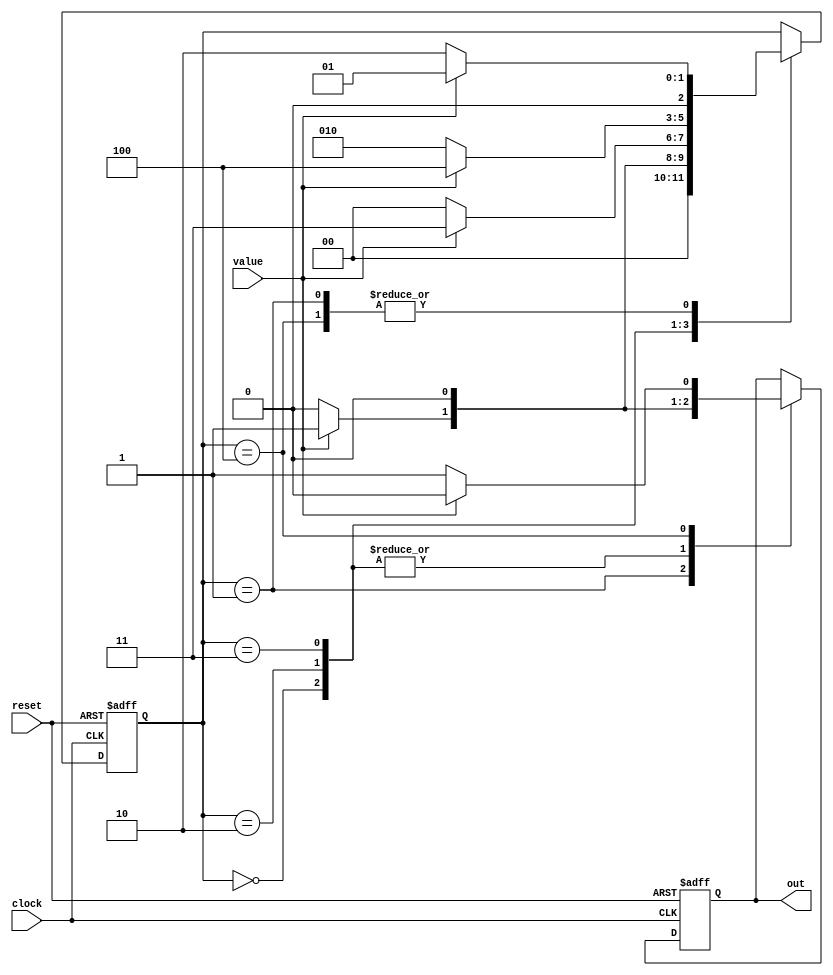
module fsm(input reset, input value, input clock,output out);
	reg[2:0] state;
	reg out;
	initial 
		begin
		state <= 3'b000;
		out <= 1'b0;
		end
	
	always @ (posedge clock or posedge reset)
		begin
			if(reset)
				begin
				state <= 3'b000;
				out <= 1'b0;
				end
			else
				case(state)
				3'b000:
				begin
				if(value)
					begin
						state <= 3'b001;
						out <= 1'b0;
					end
				else
					begin
						state <= 3'b000;
						out <= 1'b0;
					end
				end
				
				3'b001:
				begin
				if(value)
					begin
						state <= 3'b001;
						out <= 1'b1;
					end
				else
					begin
						state <= 3'b010;
						out <= 1'b0;
					end
				end
				
				3'b010:
				begin
				if(value)
					begin
						state <= 3'b011;
						out <= 1'b0;
					end
				else
					begin
						state <= 3'b000;
						out <= 1'b0;
					end
				end
				
				3'b011:
				begin
				if(value)
					begin
						state <= 3'b100;
						out <= 1'b0;
					end
				else
					begin
						state <= 3'b010;
						out <= 1'b0;
					end
				end
				
				3'b100:
				begin
				if(value)
					begin
						state <= 3'b001;
						out <= 1'b0;
					end
				else
					begin
						state <= 3'b010;
						out <= 1'b1;
					end
				end
				endcase
		end
endmodule